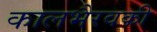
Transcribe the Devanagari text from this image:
कालभैरवकी